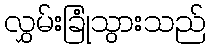
လွှမ်းခြုံသွားသည်